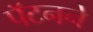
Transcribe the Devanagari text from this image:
पॅटनने